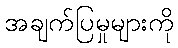
အချက်ပြမှုများကို